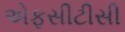
એફસીટીસી